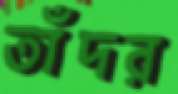
তাঁদর